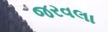
જરવલા